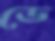
ডে